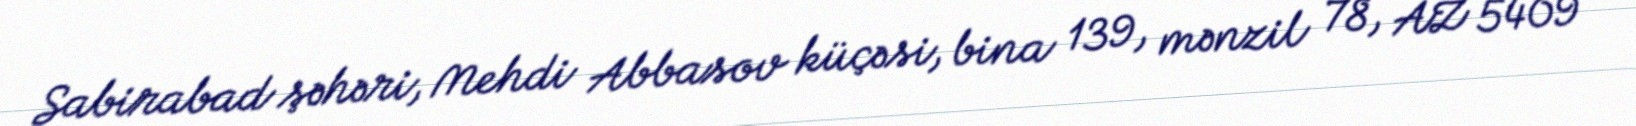
Sabirabad şəhəri, Mehdi Abbasov küçəsi, bina 139, mənzil 78, AZ 5409